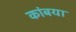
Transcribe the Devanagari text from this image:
कांबया